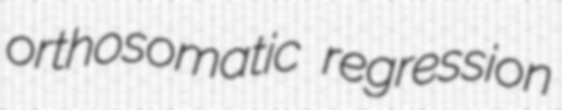
orthosomatic regression